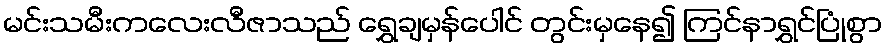
မင်းသမီးကလေးလီဇာသည် ရွှေချမှန်ပေါင် တွင်းမှနေ၍ ကြင်နာရွှင်ပြုံစွာ